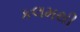
કલમથી